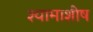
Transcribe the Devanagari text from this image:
श्यामाशीष